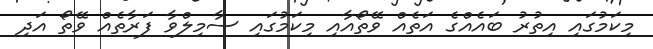
މިކަމުގައި އިތުރު ބައެއްގެ އަތެއް ވޭތޯއާއި މިކަމުގައި ސާމިލްވާ ފަރާތެއް ވޭތޯ އަދި